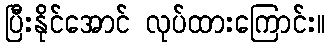
ပြီးနိုင်အောင် လုပ်ထားကြောင်း။